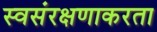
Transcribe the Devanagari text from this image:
स्वसंरक्षणाकरता